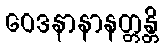
ဝေဒနာနာနတ္တန္တိ